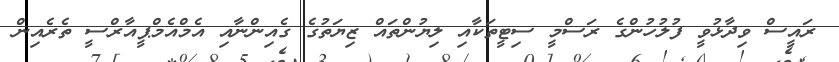
ރައީސް ވިދާޅުވީ ފުލުހުންގެ ރަސްމީ ސިޓީތަކާއި ލިޔުންތައް ޒިޔަތުގެ ގެއިންނާއި އެމްއެމްޕީއާރްސީ ތެރެއިން